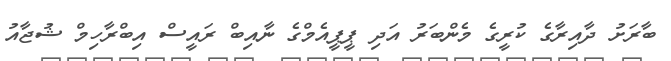
ބާރަށު ދާއިރާގެ ކުރީގެ މެންބަރު އަދި ޕީޕީއެމްގެ ނާއިބް ރައީސް އިބްރާހިމް ޝުޖާއު